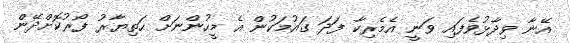
އޭނާ ވިދާޅުވެފައި ވަނީ އެމެރިކާ ފަދަ ގައުމަކުން އެ މީހުންނަށް ހަތިޔާރު ފޯރުކޮށްދޭން